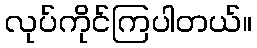
လုပ်ကိုင်ကြပါတယ်။